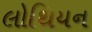
લોથિયન